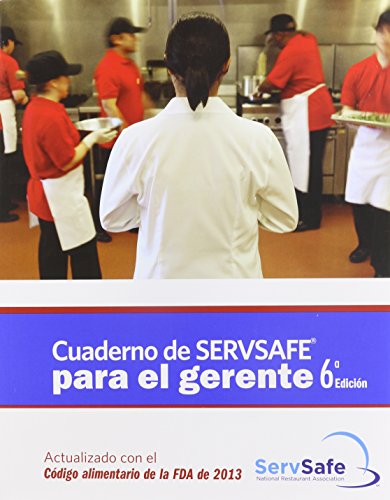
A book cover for ServSafe Manager Book in Spanish, Revised (6th Edition); National Restaurant Associatio; Sports & Outdoors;